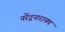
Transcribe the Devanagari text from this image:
नरेंद्रनारायण